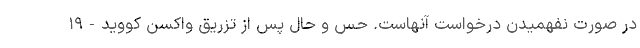
در صورت نفهمیدن درخواست آنهاست. حس و حال پس از تزریق واکسن کووید-۱۹